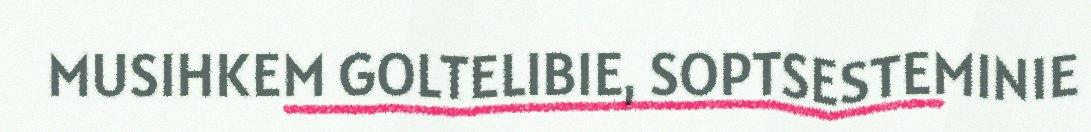
MUSIHKEM GOLTELIBIE, SOPTSESTEMINIE